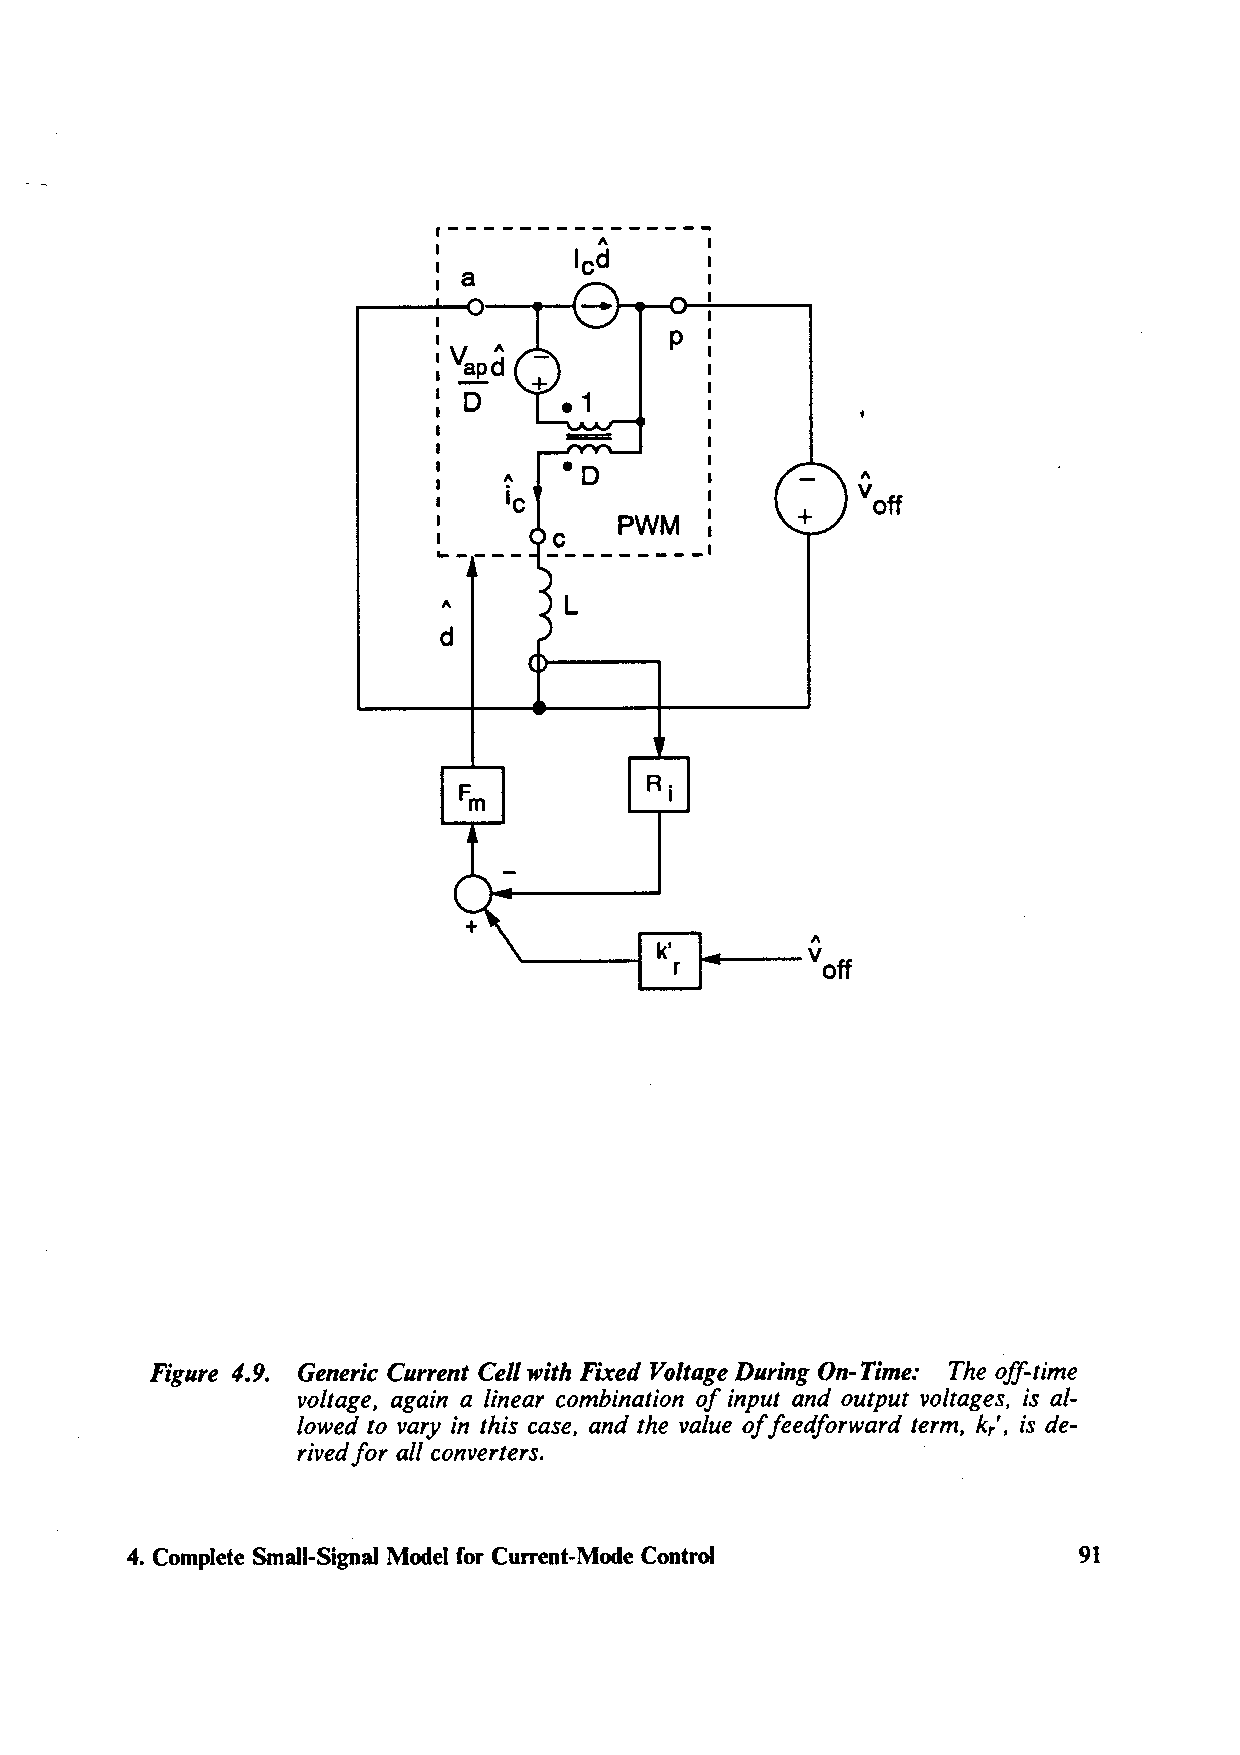
,---------------
 "
 led
 PWM
 "       L
 d
 k'
 r
 Figure 4.9. Generic Current Cell with Fixed Voltage During On-Time: The off-time
 voltage, again a linear combination of input and output voltages, is al-
 lowed to vary in this case, and the value off eedforward term, k,', is de-
 rived for all converters.
 4. Complete Small-Signal Model for Current-Mode Control        91